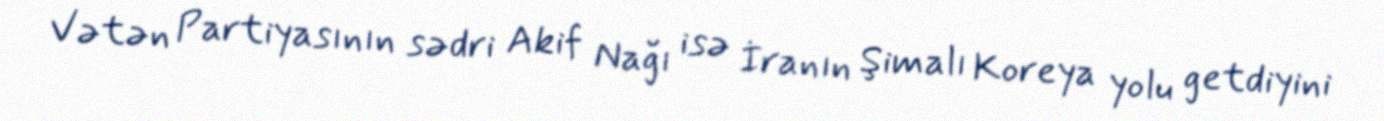
Vətən Partiyasının sədri Akif Nağı isə İranın Şimalı Koreya yolu getdiyini